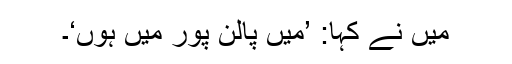
میں نے کہا: ’میں پالن پور میں ہوں‘۔